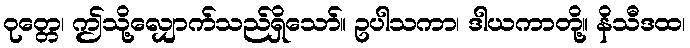
ဝုတ္တေ၊ ဤသို့လျှောက်သည်ရှိသော်။ ဥပါသကာ၊ ဒါယကာတို့။ နိသီဒထ၊